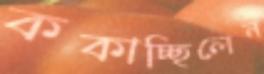
ককাচ্ছিলেন